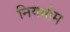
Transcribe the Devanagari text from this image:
नियमोम